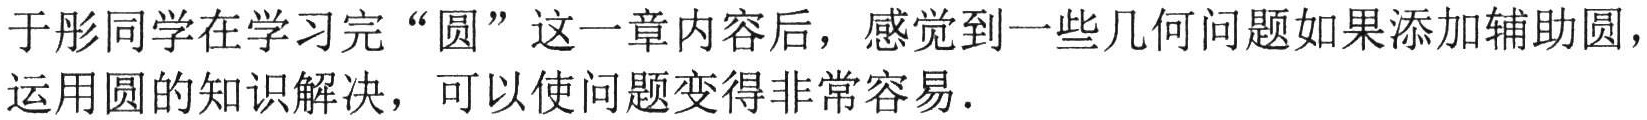
于彤同学在学习完“圆”这一章内容后，感觉到一些几何问题如果添加辅助圆，运用圆的知识解决，可以使问题变得非常容易.